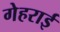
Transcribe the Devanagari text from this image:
गेहराई